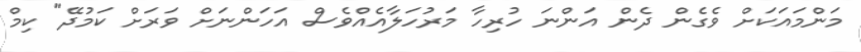
މަންމައަކަށް ވެގެން ދެން އަންނަ ހުރިހާ މަރުހަލާއެއްވެސް އަހަންނަށް ވަރަށް ކަމުދޭ" ކިމް